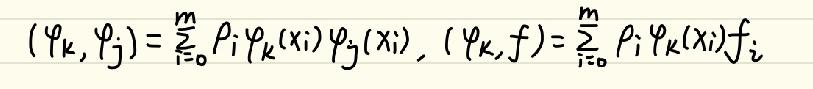
\[ (\varphi_k, \varphi_j) = \sum_{i = 0}^{m} \rho_i \varphi_k(x_i) \varphi_j(x_i), (\varphi_k, f) = \sum_{i = 0}^{m} \rho_i \varphi_k(x_i) f_i \]